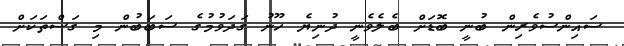
ސައިންސުވެރިން ބުނީ ބޮޑަށް ބެލެވެނީ ދުނިޔެ ހޫނު ގަދަވުމުގެ ސަބަބުން މި ގަސްތަކަށް